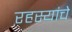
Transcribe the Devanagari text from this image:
रहस्यांचे